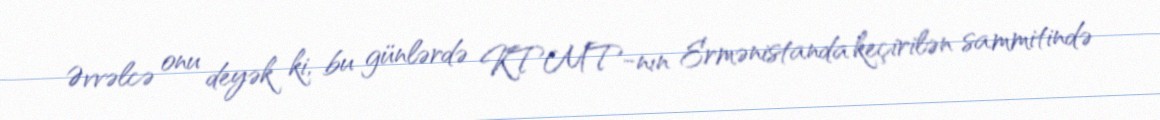
Əvvəlcə onu deyək ki, bu günlərdə KTMT-nın Ermənistanda keçirilən sammitində